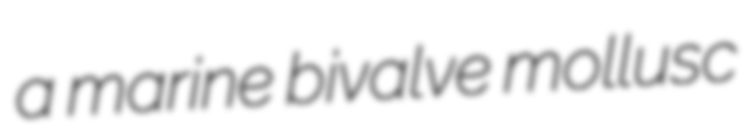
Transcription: a marine bivalve mollusc